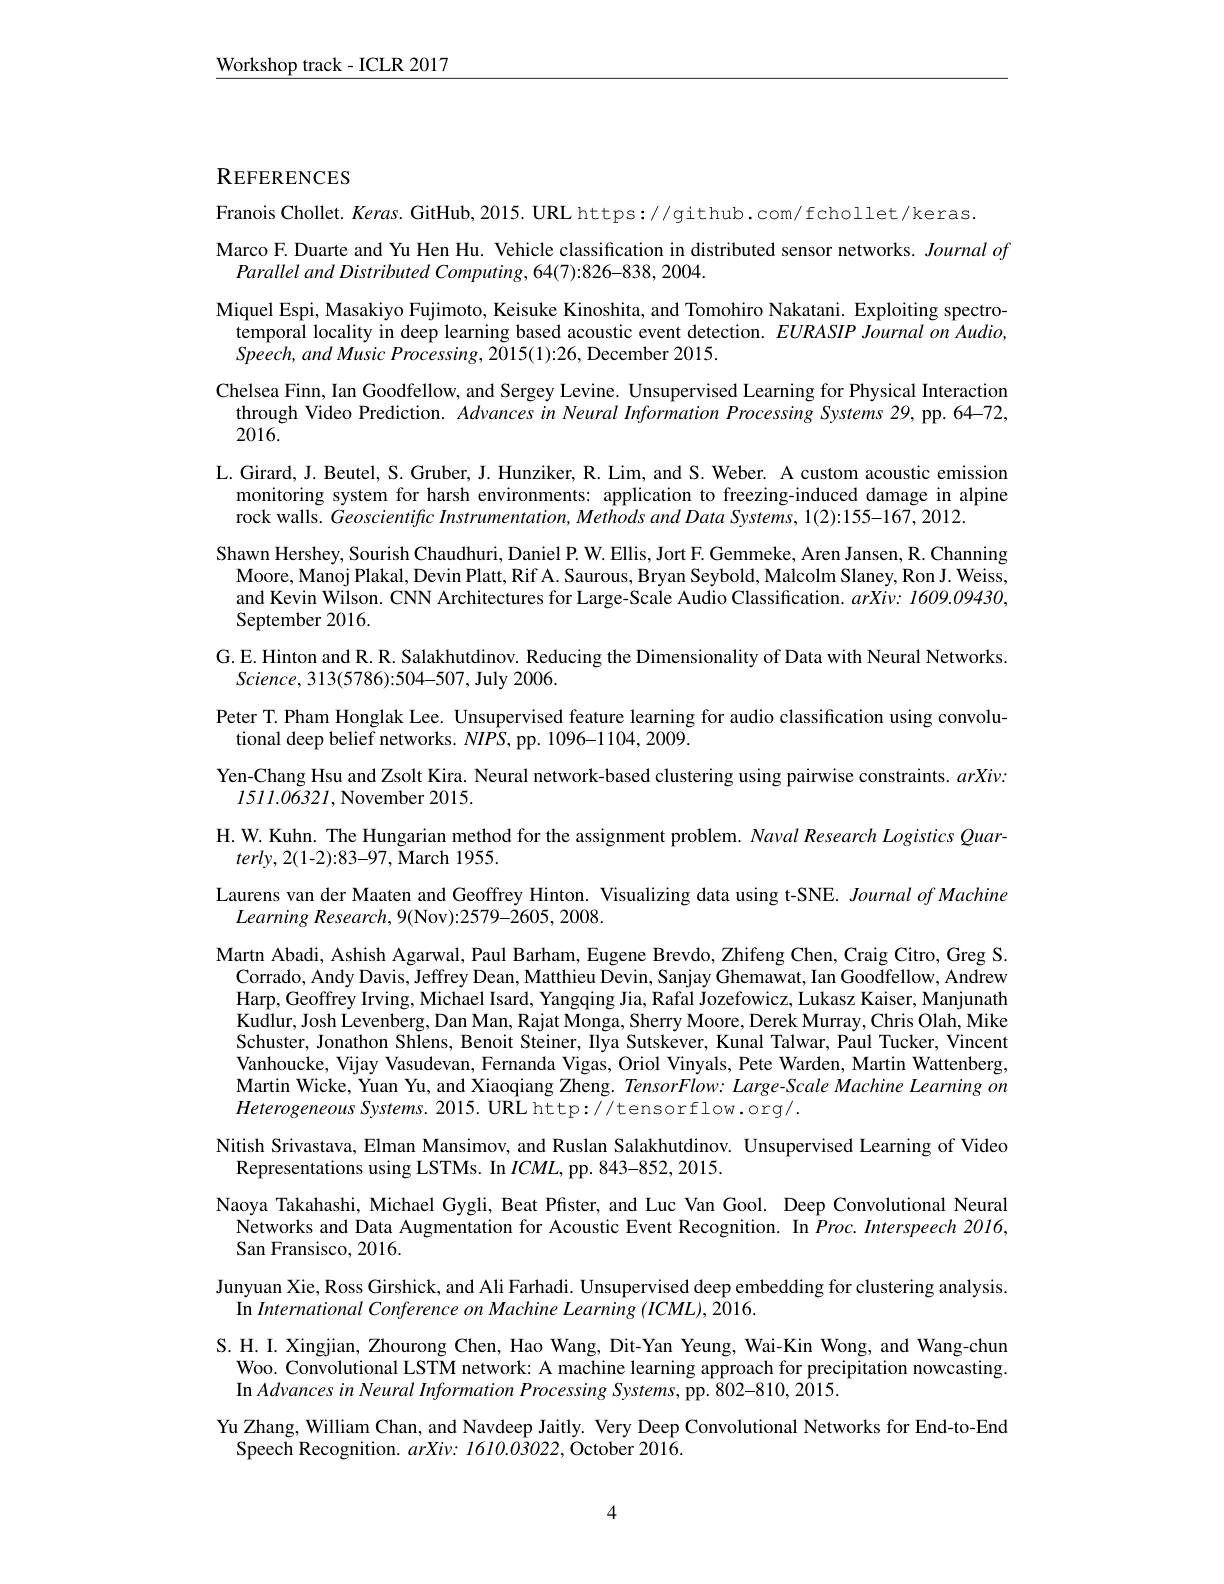
$\underline{\mathrm{Workshop~track-ICLR~2017}}$

REFERENCES

Franois Chollet. Keras. GitHub, 2015. URL https://github.com/fchollet/keras.
Marco F. Duarte and Yu Hen Hu. Vehicle classification in distributed sensor networks. Journal of
Parallel and Distributed Computing, 64(7):826-838, 2004.
Miquel Espi, Masakiyo Fujimoto, Keisuke Kinoshita, and Tomohiro Nakatani. Exploiting spectro-
temporal locality in deep learning based acoustic event detection. $EURASIP\textit{Journal on Audio, }$
Speech, and Music Processing, 2015(1):26, December 2015.
Chelsea Finn, Ian Goodfellow, and Sergey Levine. Unsupervised Learning for Physical Interaction through Video Prediction. Advances in Neural Information Processing Systems 29, pp. 64-72, 2016.
L. Girard, J. Beutel, S. Gruber, J. Hunziker, R. Lim, and S. Weber. A custom acoustic emission
monitoring system for harsh environments: application to freezing-induced damage in alpine
rock walls. Geoscientific Instrumentation, Methods and Data Systems, 1(2):155-167, 2012.
Shawn Hershey, Sourish Chaudhuri, Daniel P. W. Ellis, Jort F. Gemmeke, Aren Jansen, R. Channing
Moore, Manoj Plakal, Devin Platt, Rif A. Saurous, Bryan Seybold, Malcolm Slaney, Ron J. Weiss, and Kevin Wilson. CNN Architectures for Large-Scale Audio Classification. $arXiv: \textit{ 1609. 09430, }$ September 2016.
G.E. Hinton and R. R. Salakhutdinov. Reducing the Dimensionality of Data with Neural Networks.
$Science,313(5786){:}504{-}507$, July 2006.
Peter T. Pham Honglak Lee. Unsupervised feature learning for audio classification using convolu-
tional deep belief networks. $NIPS$, pp. 1096-1104, 2009.
Yen-Chang Hsu and Zsolt Kira. Neural network-based clustering using pairwise constraints. $arXiv:$
1511.06321,November 2015.
H. W. Kuhn. The Hungarian method for the assignment problem. Naval Research Logistics Quar-
$terly,2(1-2):83-97$,March 1955.
Laurens van der Maaten and Geoffrey Hinton. Visualizing data using t-SNE. Journal of Machine
Learning Research, 9(Nov):2579-2605, 2008.
Martn Abadi, Ashish Agarwal, Paul Barham, Eugene Brevdo, Zhifeng Chen, Craig Citro, Greg S.
Corrado, Andy Davis, Jeffrey Dean, Matthieu Devin, Sanjay Ghemawat, Ian Goodfellow, Andrew Harp, Geoffrey Irving, Michael Isard, Yangqing Jia, Rafal Jozefowicz, Lukasz Kaiser, Manjunath Kudlur, Josh Levenberg, Dan Man, Rajat Monga, Sherry Moore, Derek Murray, Chris Olah, Mike Schuster, Jonathon Shlens, Benoit Steiner, Ilya Sutskever, Kunal Talwar, Paul Tucker, Vincent Vanhoucke, Vijay Vasudevan, Fernanda Vigas, Oriol Vinyals, Pete Warden, Martin Wattenberg, Martin Wicke, Yuan Yu, and Xiaoqiang Zheng. TensorFlow: Large-Scale Machine Learning on Heterogeneous Systems. 2015. URL http: / tensorflow. org/ .
Nitish Srivastava, Elman Mansimov, and Ruslan Salakhutdinov. Unsupervised Learning of Video
Representations using LSTMs. In $ICML$, pp. 843-852, 2015.
Naoya Takahashi, Michael Gygli, Beat Pfister, and Luc Van Gool. Deep Convolutional Neural Networks and Data Augmentation for Acoustic Event Recognition. In $Proc.Interspeech2016$, San Fransisco, 2016.
Junyuan Xie, Ross Girshick, and Ali Farhadi. Unsupervised deep embedding for clustering analysis.
In International Conference on Machine Learning (ICML), 2016.
S. H. I. Xingjian, Zhourong Chen, Hao Wang, Dit-Yan Yeung, Wai-Kin Wong, and Wang-chun
Woo. Convolutional LSTM network: A machine learning approach for precipitation nowcasting.
In Advances in Neural Information Processing Systems, pp. 802-810, 2015.
Yu Zhang, William Chan, and Navdeep Jaitly. Very Deep Convolutional Networks for End-to-End
Speech Recognition. $arXiv:1610.0\bar{3}022$, October 2016.

4